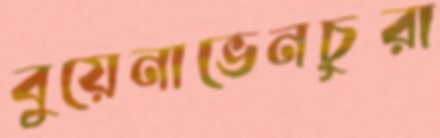
বুয়েনাভেনচুরা